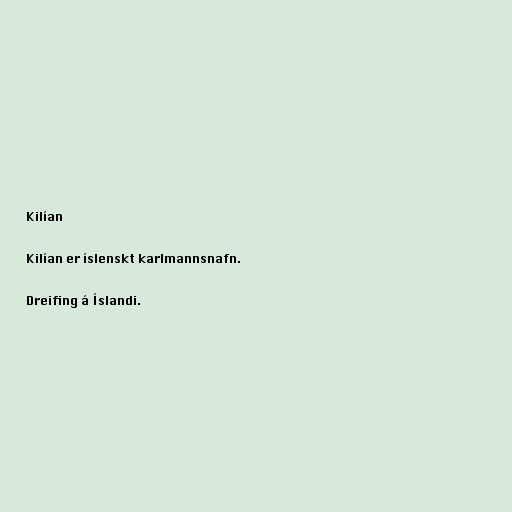
Kilían

Kilían er íslenskt karlmannsnafn.

Dreifing á Íslandi.